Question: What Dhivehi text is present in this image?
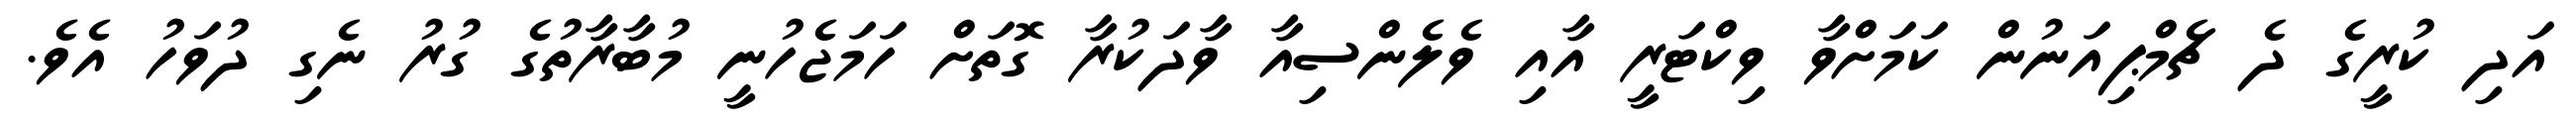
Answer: އަދި ކުރީގެ ދެ ޗެމްޕިއަނުން ކަމަށްވާ ވިކްޓަރީ އާއި ވެލެންސިއާ ވާދަކުރާ ގޮތަށް ހަމަޖެހުނީ މުބާރާތުގެ ގުރު ނެގި ދުވަހު އެވެ.